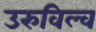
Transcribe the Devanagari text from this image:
उरुविल्व